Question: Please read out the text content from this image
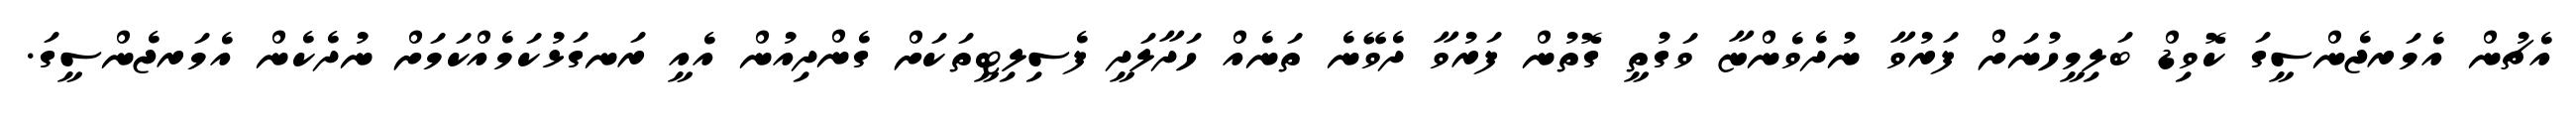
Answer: އެޗުން އެމަރޖެންސީގަ ކޮވިޑް ބަލިމީހުނަށް ފަރުވާ ނުދެވެންޏާ ވަގުތީ ގޮތުން ފަރުވާ ދެވޭނެ ތަނެއް ހަދާލަދީ ފެސިލިޓީތަކަށް ގެންދިއުން އެއީ ރަނގަޅުކަމެއްކަމަށް ނުދެކެން އެމަރޖެންސީގަ.